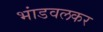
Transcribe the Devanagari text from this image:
भांडवलकर